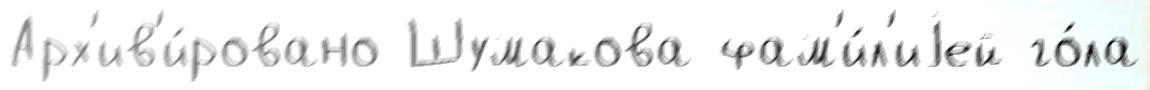
Арх'ив'и́ровано Шумакова фам'и́л'иjей го́ла